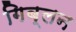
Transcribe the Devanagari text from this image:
गिब्लन